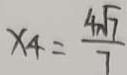
x _ { 4 } = \frac { 4 \sqrt { 7 } } { 7 }